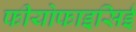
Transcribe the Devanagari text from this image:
फीयोफाइसिई